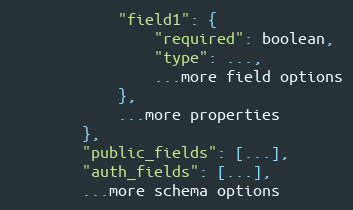
Language: Python
            "field1": {
                "required": boolean,
                "type": ...,
                ...more field options
            },
            ...more properties
        },
        "public_fields": [...],
        "auth_fields": [...],
        ...more schema options